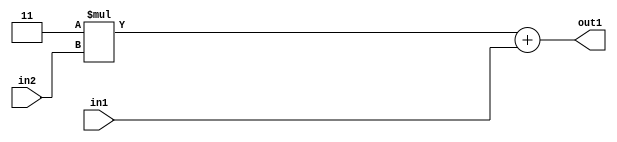
`timescale 1ps / 1ps
/*****************************************************************************
    Verilog RTL Description
    
    
    Created by: Stratus DpOpt 2019.1.01 
*******************************************************************************/

module DC_Filter_Add2u2Mul2i3u2_1 (
	in2,
	in1,
	out1
	); /* architecture "behavioural" */ 
input [1:0] in2,
	in1;
output [3:0] out1;
wire [3:0] asc001;

wire [3:0] asc001_tmp_0;
assign asc001_tmp_0 = 
	+(4'B0011 * in2);
assign asc001 = asc001_tmp_0
	+(in1);

assign out1 = asc001;
endmodule

/* CADENCE  ubb3Tgw= : u9/ySgnWtBlWxVPRXgAZ4Og= ** DO NOT EDIT THIS LINE ******/